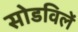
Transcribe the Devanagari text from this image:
सोडविलें